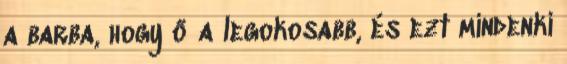
a barba, hogy ő a legokosabb, és ezt mindenki